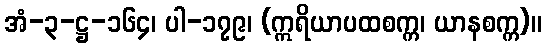
အံ-၃-ဋ္ဌ-၁၆၄၊ ပါ-၁၇၉၊ (ဣရိယာပထစက္က၊ ယာနစက္က)။